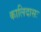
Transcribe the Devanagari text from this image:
कालिदासः